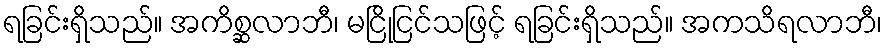
ရခြင်းရှိသည်။ အကိစ္ဆလာဘီ၊ မငြိုငြင်သဖြင့် ရခြင်းရှိသည်။ အကသိရလာဘီ၊